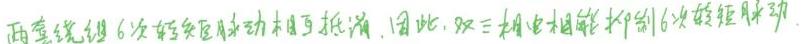
两套绕组6次转矩脉动相互抵消,因此,双三相电机能够抑制6次转矩脉动.